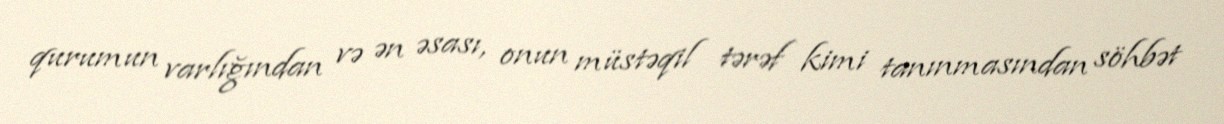
qurumun varlığından və ən əsası, onun müstəqil tərəf kimi tanınmasından söhbət